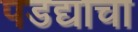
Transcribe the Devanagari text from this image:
पडद्याचा